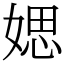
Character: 媤